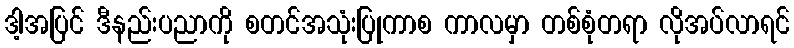
ဒါ့အပြင် ဒီနည်းပညာကို စတင်အသုံးပြုကာစ ကာလမှာ တစ်စုံတရာ လိုအပ်လာရင်